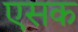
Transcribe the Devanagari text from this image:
एसक